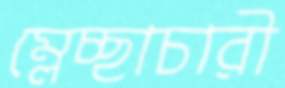
ম্লেচ্ছাচারী